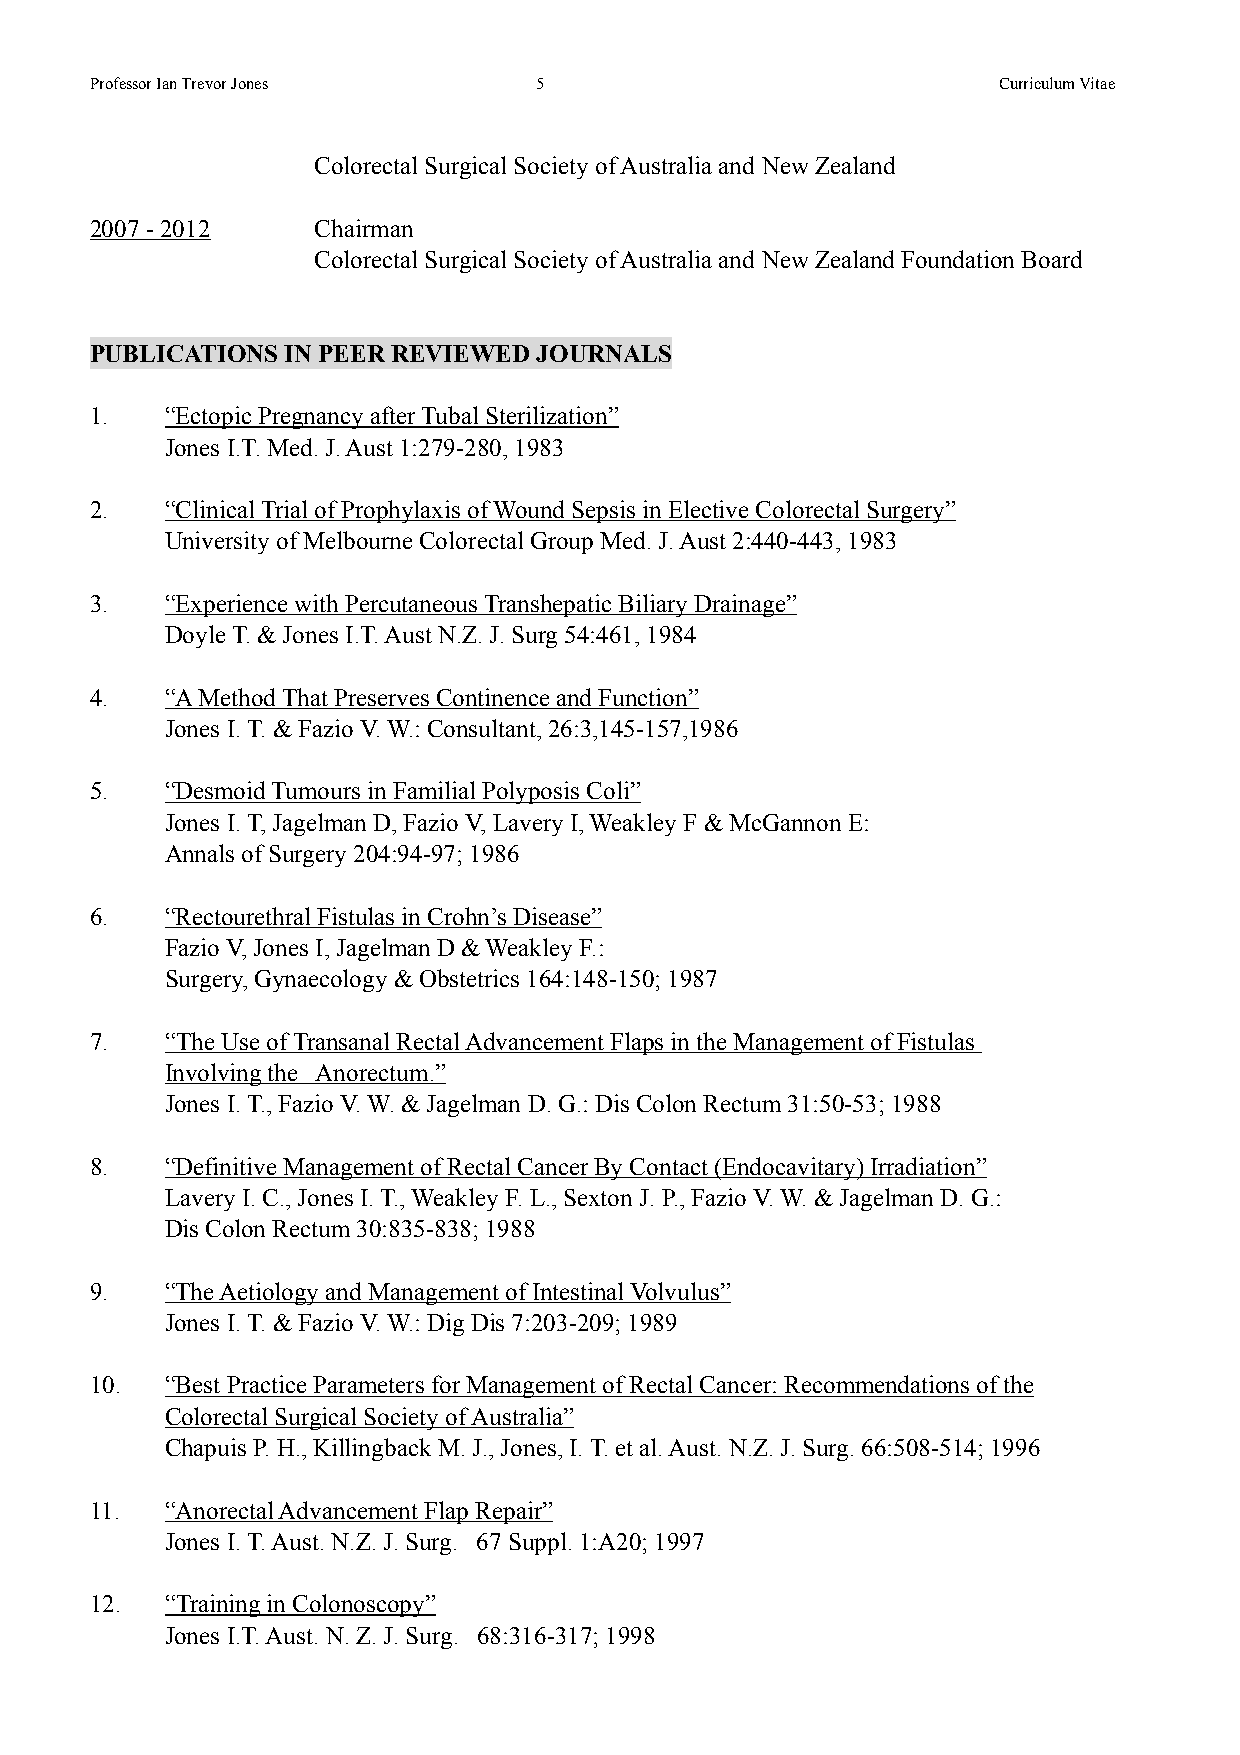
!
 Professor Ian Trevor Jones   !5                             Curriculum Vitae
 !
 Colorectal Surgical Society of Australia and New Zealand
 !
 2007 - 2012    Chairman
 Colorectal Surgical Society of Australia and New Zealand Foundation Board
 !
 !
 PUBLICATIONS IN PEER REVIEWED JOURNALS
 !
 1.   “Ectopic Pregnancy after Tubal Sterilization”
 Jones I.T. Med. J. Aust 1:279-280, 1983
 !
 2.   “Clinical Trial of Prophylaxis of Wound Sepsis in Elective Colorectal Surgery”
 University of Melbourne Colorectal Group Med. J. Aust 2:440-443, 1983
 !
 3.   “Experience with Percutaneous Transhepatic Biliary Drainage”
 Doyle T. & Jones I.T. Aust N.Z. J. Surg 54:461, 1984
 !
 4.   “A Method That Preserves Continence and Function”
 Jones I. T. & Fazio V. W.: Consultant, 26:3,145-157,1986
 !
 5.   “Desmoid Tumours in Familial Polyposis Coli”
 Jones I. T, Jagelman D, Fazio V, Lavery I, Weakley F & McGannon E:
 Annals of Surgery 204:94-97; 1986
 !
 6.   “Rectourethral Fistulas in Crohn’s Disease”
 Fazio V, Jones I, Jagelman D & Weakley F.:
 Surgery, Gynaecology & Obstetrics 164:148-150; 1987
 !
 7.   “The Use of Transanal Rectal Advancement Flaps in the Management of Fistulas
 Involving the Anorectum.”
 Jones I. T., Fazio V. W. & Jagelman D. G.: Dis Colon Rectum 31:50-53; 1988
 !
 8.   “Definitive Management of Rectal Cancer By Contact (Endocavitary) Irradiation”
 Lavery I. C., Jones I. T., Weakley F. L., Sexton J. P., Fazio V. W. & Jagelman D. G.:
 Dis Colon Rectum 30:835-838; 1988
 !
 9.   “The Aetiology and Management of Intestinal Volvulus”
 Jones I. T. & Fazio V. W.: Dig Dis 7:203-209; 1989
 !
 10.  “Best Practice Parameters for Management of Rectal Cancer: Recommendations of the
 Colorectal Surgical Society of Australia”
 Chapuis P. H., Killingback M. J., Jones, I. T. et al. Aust. N.Z. J. Surg. 66:508-514; 1996
 !
 11.  “Anorectal Advancement Flap Repair”
 Jones I. T. Aust. N.Z. J. Surg. 67 Suppl. 1:A20; 1997
 !
 12.  “Training in Colonoscopy”
 Jones I.T. Aust. N. Z. J. Surg. 68:316-317; 1998
 !